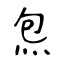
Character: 炰